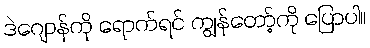
ဒဲဂျောန်ကို ရောက်ရင် ကျွန်တော့်ကို ပြောပါ။